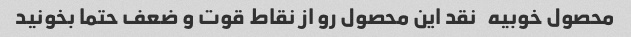
محصول خوبیه   نقد این محصول رو از نقاط قوت و ضعف حتما بخونید